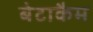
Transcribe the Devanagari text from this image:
बेटाकैम